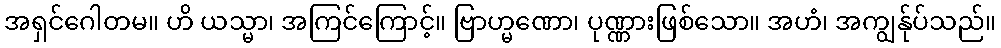
အရှင်ဂေါတမ။ ဟိ ယသ္မာ၊ အကြင်ကြောင့်။ ဗြာဟ္မဏော၊ ပုဏ္ဏားဖြစ်သော။ အဟံ၊ အကျွန်ုပ်သည်။